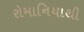
રોમાનિયાથી